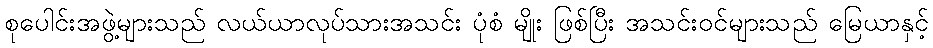
စုပေါင်းအဖွဲ့များသည် လယ်ယာလုပ်သားအသင်း ပုံစံ မျိုး ဖြစ်ပြီး အသင်းဝင်များသည် မြေယာနှင့်